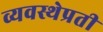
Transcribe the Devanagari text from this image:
व्यवस्थेप्रती